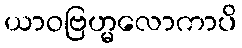
ယာဝဗြဟ္မလောကာပိ